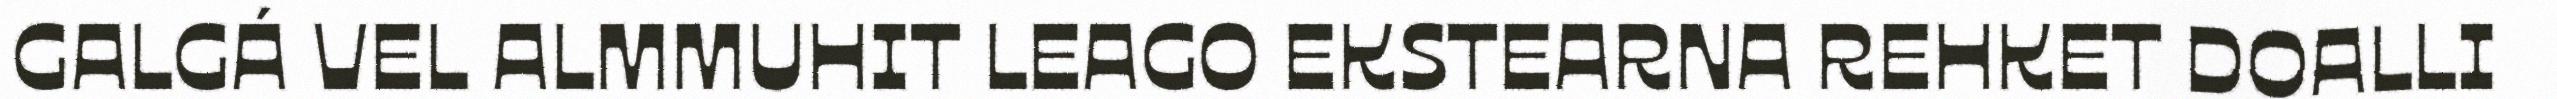
GALGÁ VEL ALMMUHIT LEAGO EKSTEARNA REHKET DOALLI